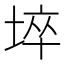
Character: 埣